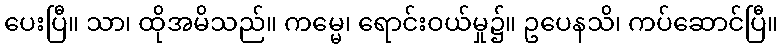
ပေးပြီ။ သာ၊ ထိုအမိသည်။ ကမ္မေ၊ ရောင်းဝယ်မှု၌။ ဥပေနသိ၊ ကပ်ဆောင်ပြီ။